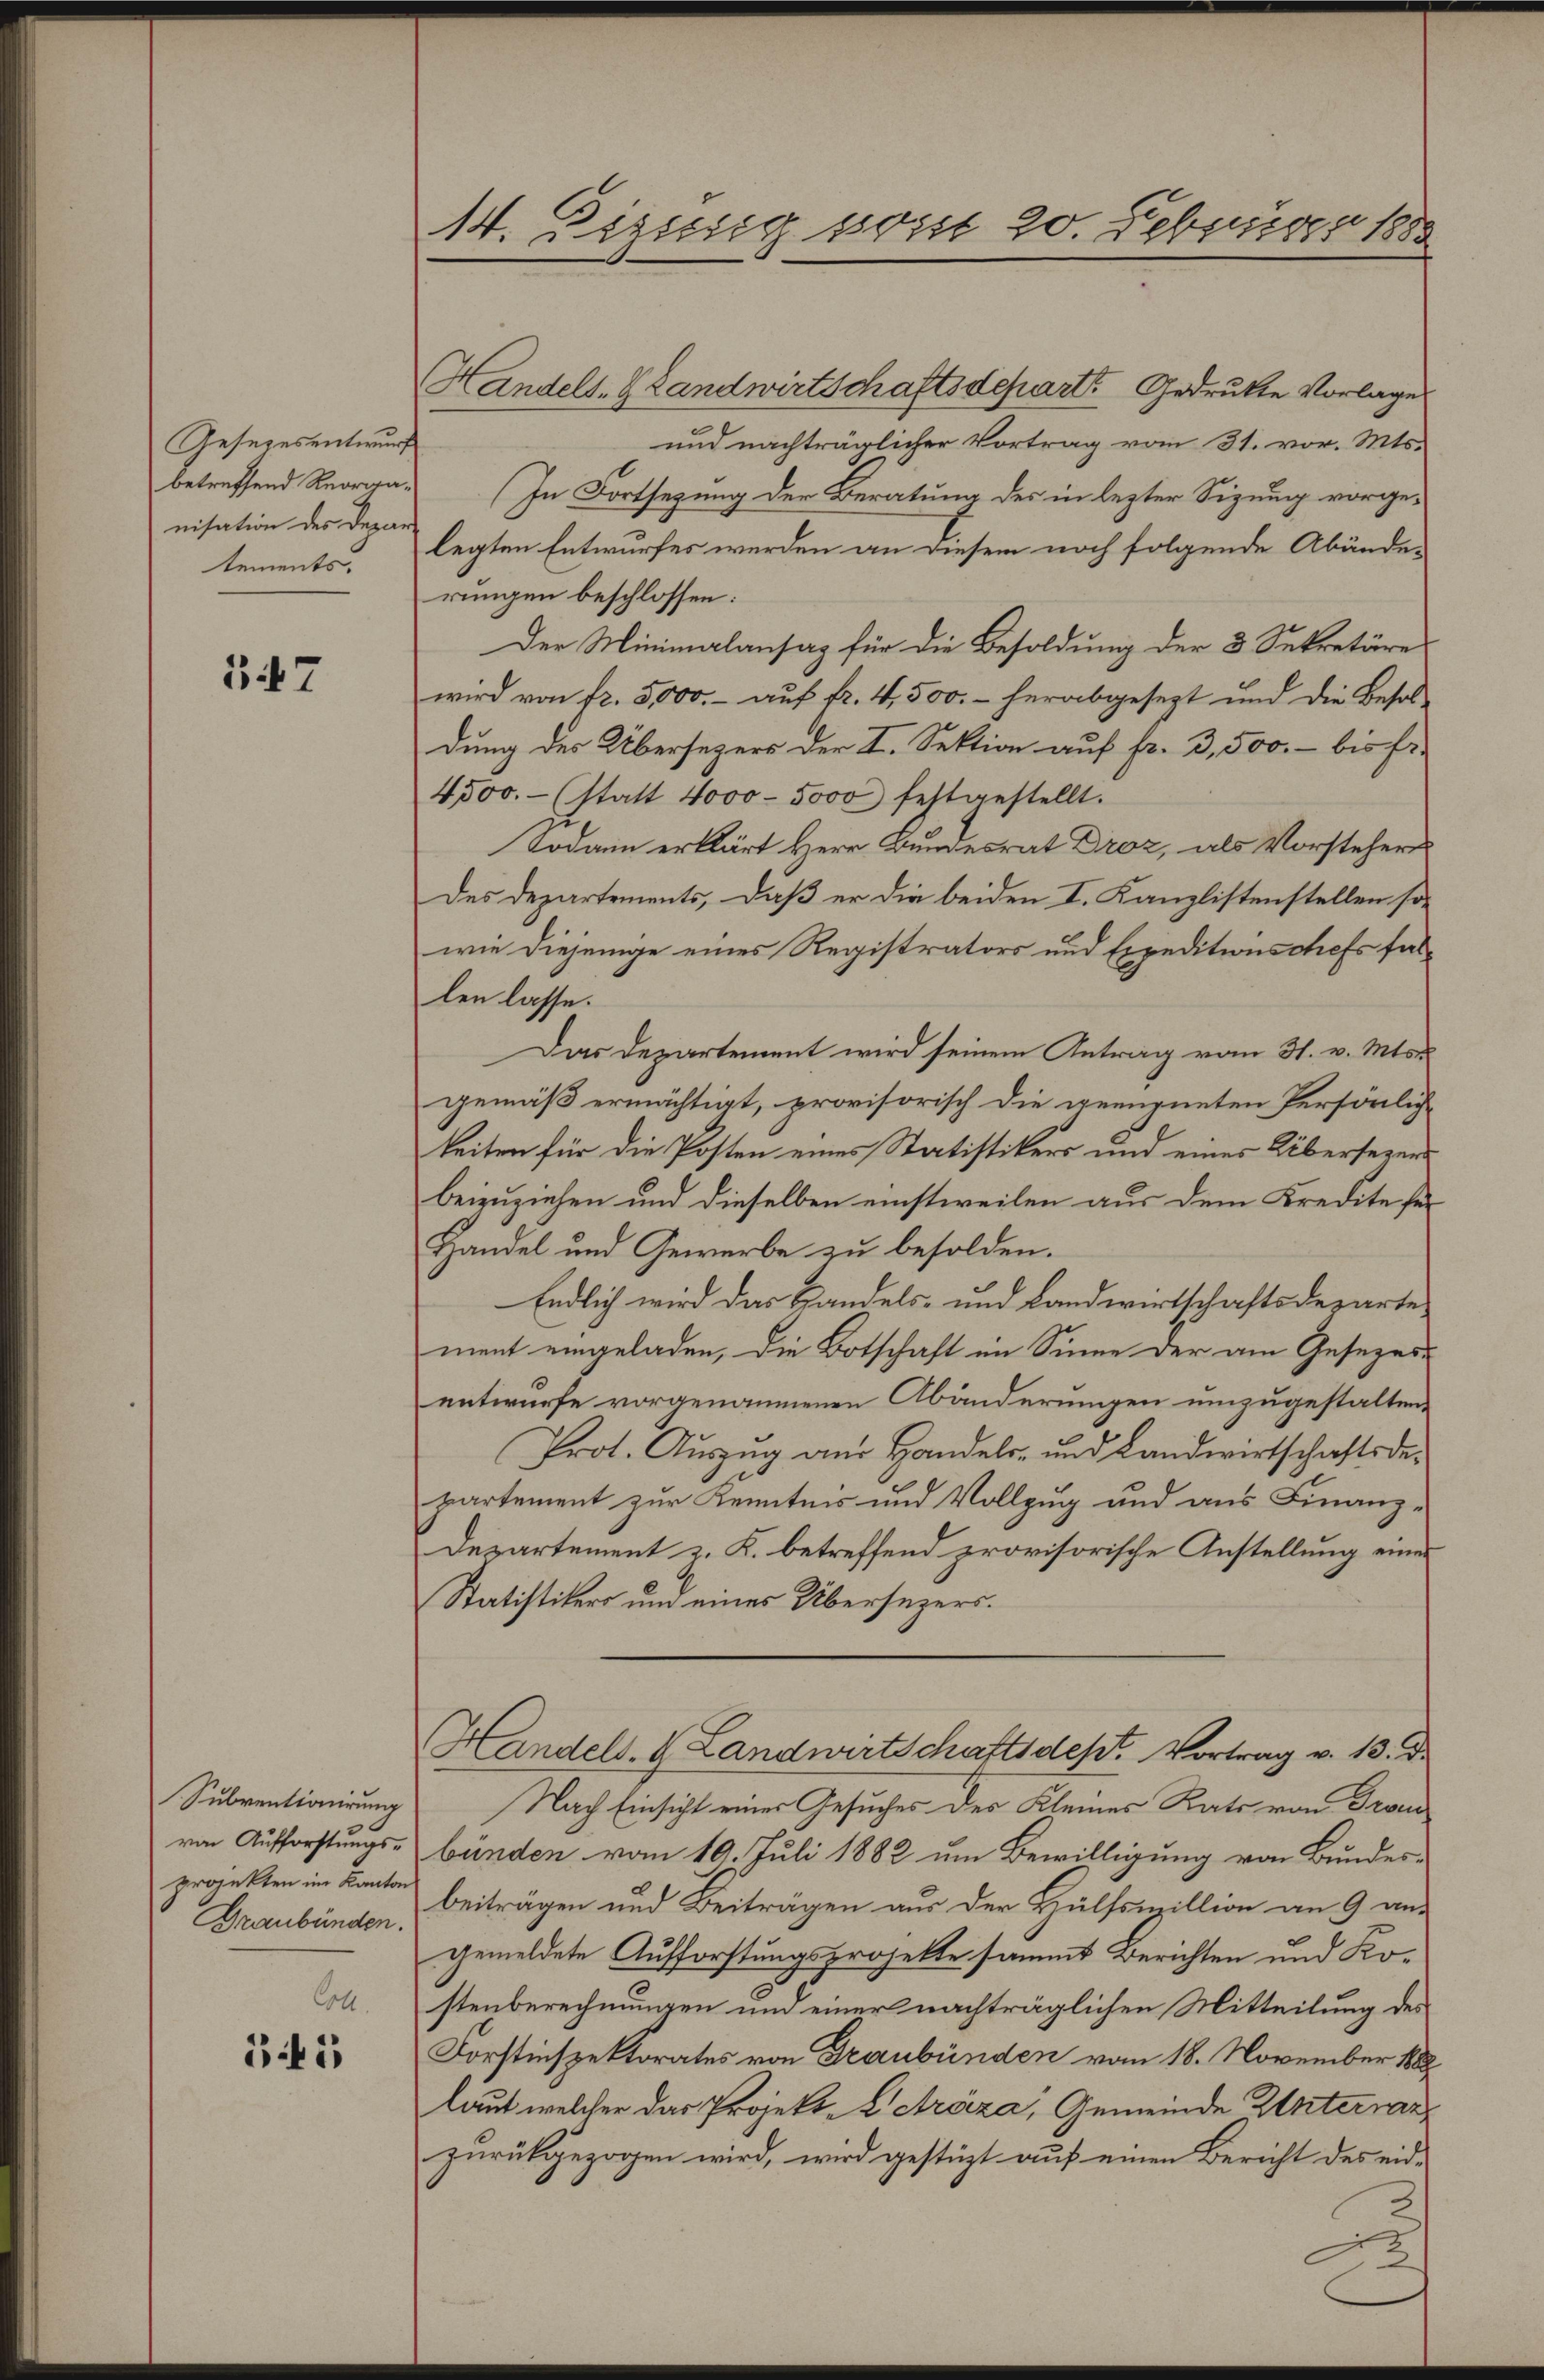
Gesezesentwurf
betreffend Reorganisation des Depar
tements.

347

Subventionirung
von Aufforstungs-
projekten im Kanton
Draubünden.
Cott.

Gif

14. Diesig sonst 20. Februar 188

Handels- & Landwirtschaftsdeparte Gedruckte Vorlage
und nachträglicher Vortrag vom 31. vor. Mts.
(In Fortsetzung der Beratung des in lezter Sizung vorgelegten Entwurfes werden an diesem noch folgende Abände-
rungen beschlossen:
Der Minimalansaz für die Besoldung der 3 Sekretäre
wird von fr. 3,000.- auf fr. 4,500. - herabgesezt und die Besol
dung des Übersezers der I. Sektion auf fr. 3,500.- bis Er¬
4500.- (statt 4000 - 5000 festgestellt.
Sodann erklärt Herr Bundesrat Droz, als Vorsteher
des Departements, daß er die beiden I. Kanzlistenstellen sowie diejenige eines Registrators und Expeditionschefs fallen lasse.
Das Departement wird seinem Antrag vom 31. v. Mts.
gemäß ermächtigt, provisorisch die geeigneten Persönlich-
keiten für die Posten eines Statistikers und eines Übersezens
beizuziehen und dieselben einstweilen aus dem Kredite fer
Handel und Gewerbe zu besolden.
Endlich wird das Handels- und Landwirtschaftsdepartement eingeladen, die Botschaft im Sinne der am Gesezes-
entwurfe vorgenommenen Abänderungen umzugestalten.
Prot. Auszug am Handels- und Landwirtschaftsdepartement zur Kenntnis und Vollzug und aus Finanz-
Departement z. K. betreffend provisorische Anstellung eine
Statistikers und eines Übersezers.
Handels. k. Landwirtschaftsdest. Vortrag v. 13. d.
Nach Einsicht einer Gesuches des Kleines Rats von Trombünden vom 10. Juli 1882 um Bewilligung von Bundes-
beiträgen und Beiträgen aus der Hülfsmillion an 9 angemeldete Aufforstungsprojekte sammt Berichten und Kostenberechnungen und einer nachträglichen Mitteilung des
Forstinspektorates von Graubünden vom 18. November 1888
laut welcher das Projekt-Letráza, Gemeinde Unterrar
zurückgezogen wird, wird gestüzt auf einen Bericht des eid-